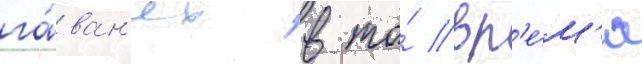
га́ван'ях в то́ вр'е́м'я